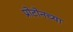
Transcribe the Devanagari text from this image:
प्रोटोनच्या